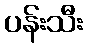
ပန်းသီး